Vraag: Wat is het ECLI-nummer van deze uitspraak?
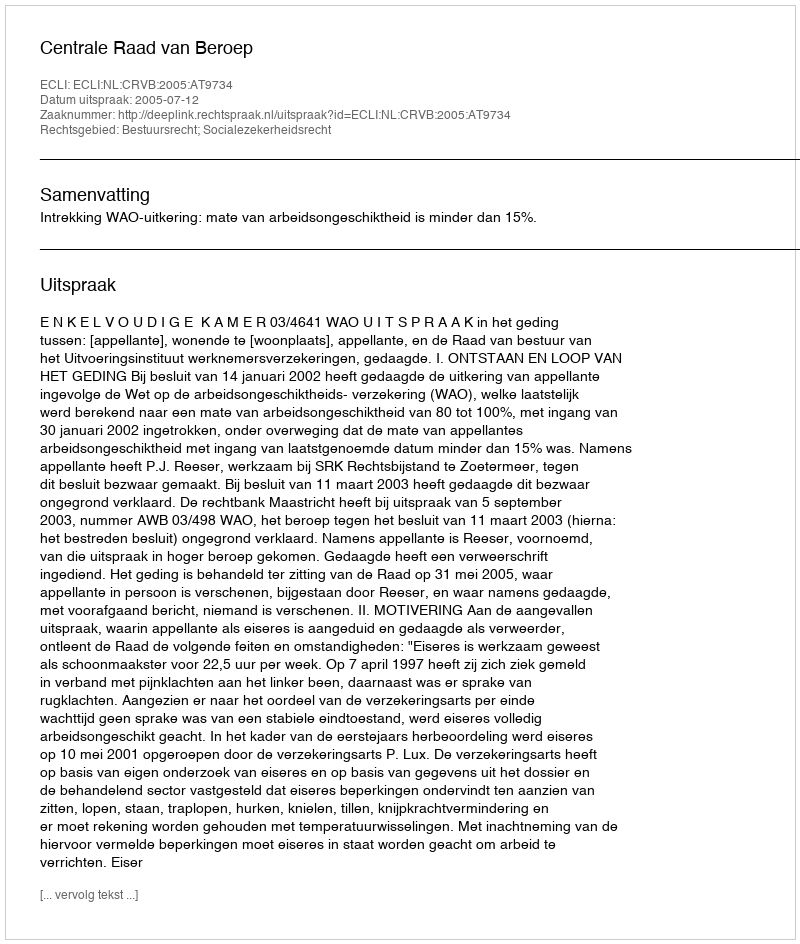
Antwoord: ECLI:NL:CRVB:2005:AT9734